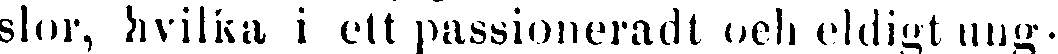
slor, hvilka i ett passioneradt och eldigt ung-